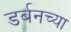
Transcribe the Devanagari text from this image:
डर्बनच्या